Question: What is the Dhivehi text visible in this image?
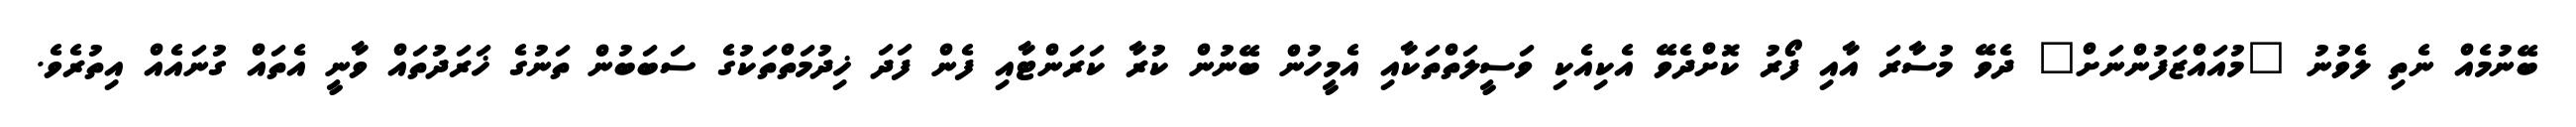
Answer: ބޭނުމެއް ނެތި ލެވުނު "މުއައްޒަފުންނަށް" ދެވޭ މުސާރަ އާއި ފޯރު ކޮށްދެވޭ އެކިއެކި ވަސީލަތްތަކާއި އެމީހުން ބޭނުން ކުރާ ކަރަންޓާއި ފެން ފަދަ ޚިދުމަތްތަކުގެ ސަބަބުން ތަނުގެ ޚަރަދުތައް ވާނީ އެތައް ގުނައެއް އިތުރެވެ.